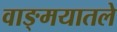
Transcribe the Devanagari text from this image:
वाङ्मयातले